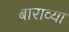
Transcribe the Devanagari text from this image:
बाराव्‍या